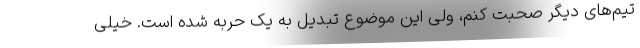
تیم‌های دیگر صحبت کنم، ولی این موضوع تبدیل به یک حربه شده است. خیلی